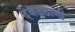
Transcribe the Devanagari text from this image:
देवउठानी